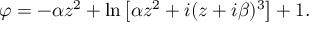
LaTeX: \varphi = - \alpha z ^ { 2 } + \ln \left[ \alpha z ^ { 2 } + i ( z + i \beta ) ^ { 3 } \right] + 1 .